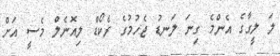
ލަ ލީގާގެ އެންމެ ގިނަ ލަނޑު ޖެހުމުގެ ރެކޯޑް ލިއޮނެލް މެސީ އަށް